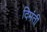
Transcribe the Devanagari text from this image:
दिमंती